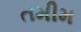
તમીમ